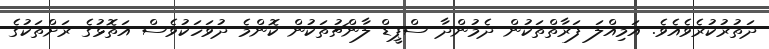
ދަތުރުކުރެވެއެވެ. އަމިއްލަ ފަރާތްތަކުން ދެމުންދާ ސްޕީޑް ލާންޗުތަކުން ކޮންމެ ދުވަހަކުވެސް އަތޮޅުގެ ރަށްތަކުގެ